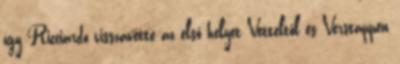
így Ricciardo visszavette az első helyet Vetteltől és Verstappen